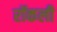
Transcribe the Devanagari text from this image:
रॉकली